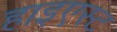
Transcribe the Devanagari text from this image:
हाइएस्ट